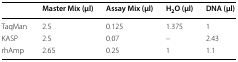
|  | Master Mix (μl) | Assay Mix (μl) | H2O (μl) | DNA (μl) |
 | --- | --- | --- | --- | --- |
 | TaqMan | 2.5 | 0.125 | 1.375 | 1 |
 | KASP | 2.5 | 0.07 | – | 2.43 |
 | rhAmp | 2.65 | 0.25 | 1 | 1.1 |